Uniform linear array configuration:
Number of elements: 48
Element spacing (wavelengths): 1
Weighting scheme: kaiser
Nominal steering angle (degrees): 0
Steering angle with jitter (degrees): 0.9259
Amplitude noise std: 0.05
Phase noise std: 0.05

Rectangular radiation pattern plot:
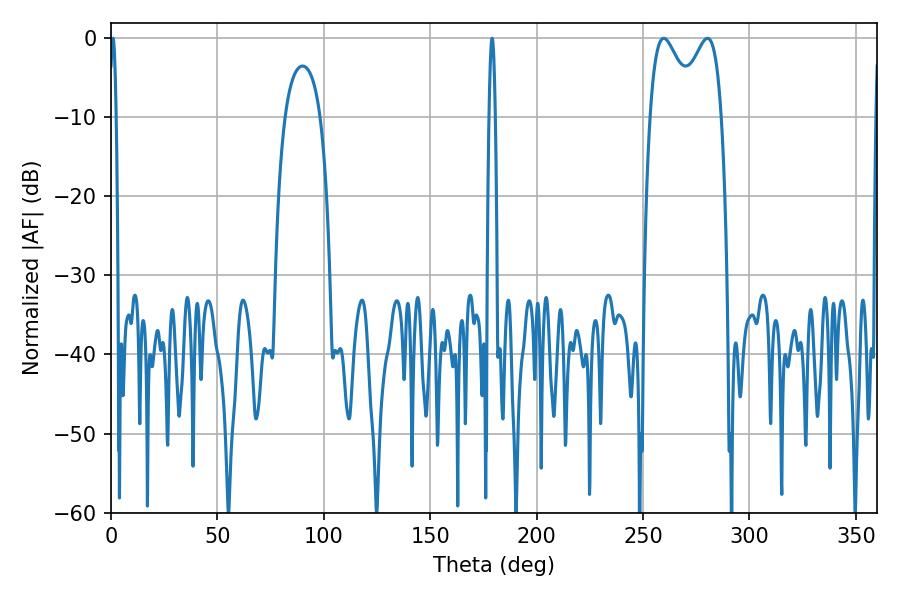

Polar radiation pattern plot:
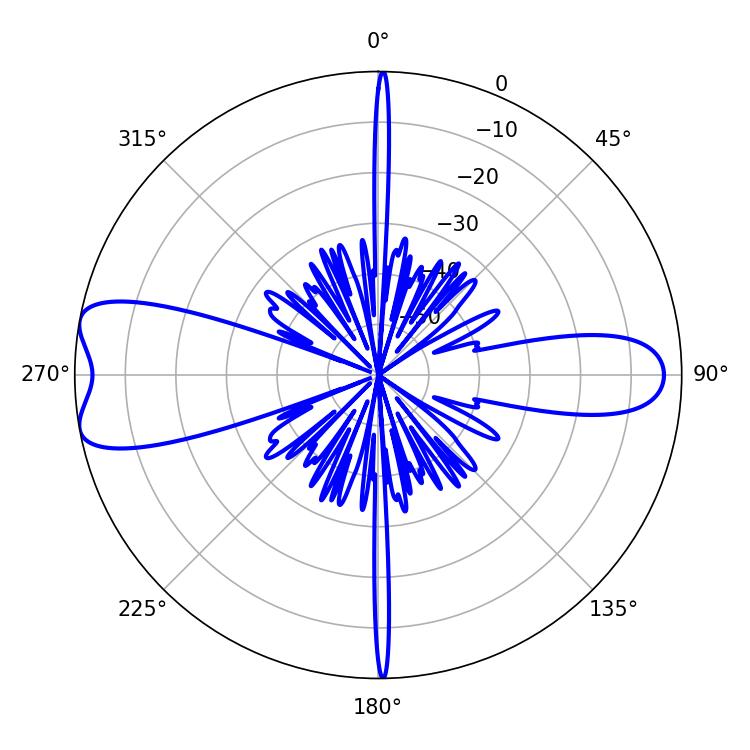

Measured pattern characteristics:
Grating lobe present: TRUE
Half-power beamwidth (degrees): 11.34
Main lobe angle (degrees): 259.74